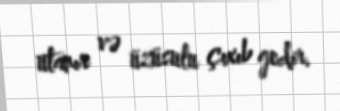
utanır və üzüsulu çıxıb gedir.